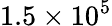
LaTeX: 1.5\times 10^{5}